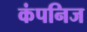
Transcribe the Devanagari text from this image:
कंपनिज